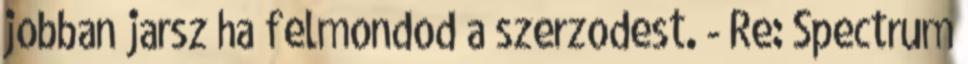
jobban jarsz ha felmondod a szerzodest. - Re: Spectrum